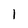
Character: 1